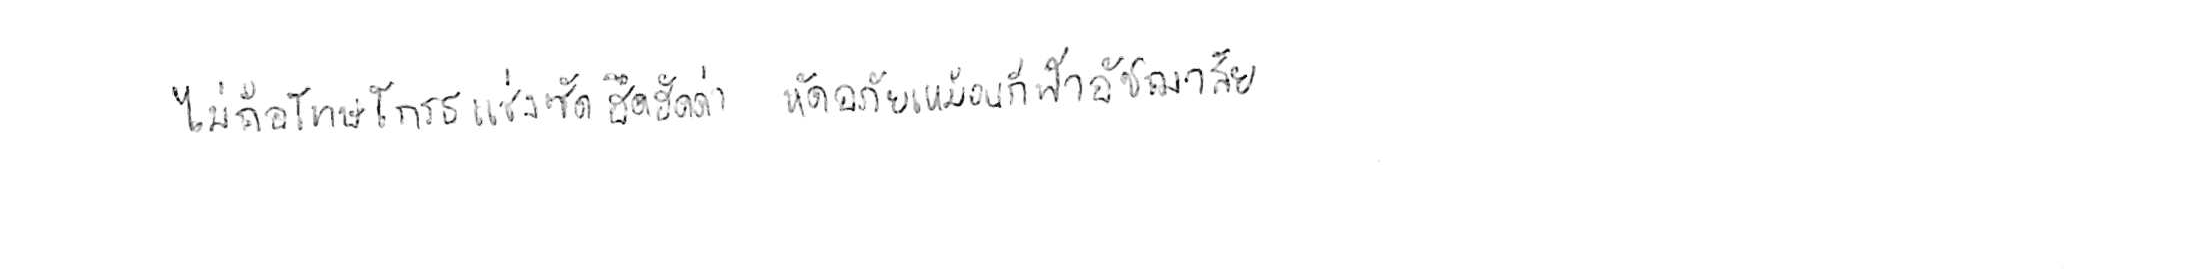
ไม่ถือโทษโกรธแช่งซัดฮึดฮัดด่า หัดอภัยเหมือนกีฬาอัชฌาสัย